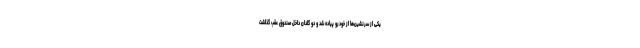
یکی از سرنشین‌ها از خودرو پیاده شد و دو گلدان داخل صندوق عقب گذاشت